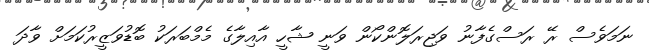
ނަމަވެސް ރޭ ރަސްގެފާނު ވަޖިރަލޮންކޯން ވަނީ ޝާހީ އާއިލާގެ މެމްބަރަކު ބޮޑުވަޒީރުކަމަށް ވާދަ